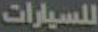
للسيارات